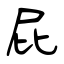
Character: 屁